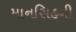
માનસિહની